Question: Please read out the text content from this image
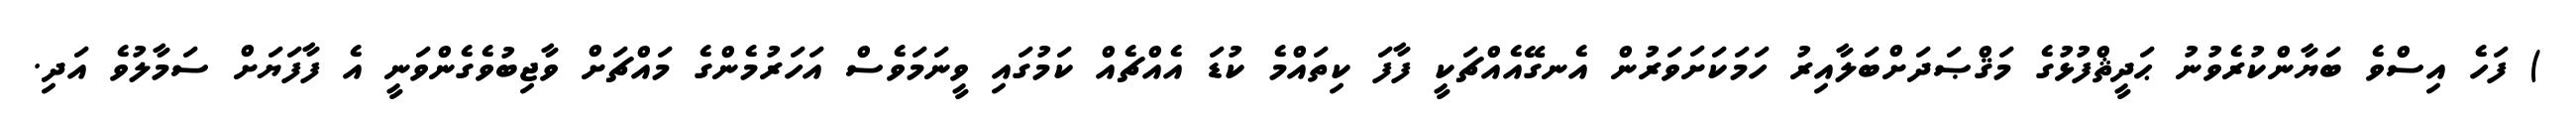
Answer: ) ފަހެ އިސްވެ ބަޔާންކުރެވުނު ޙަދީޘްފުޅުގެ މަޤްޞަދަށްބަލާއިރު ހަމަކަށަވަރުން އެނގޭއެއްޗަކީ ފާފަ ކިތައްމެ ކުޑަ އެއްޗެއް ކަމުގައި ވީނަމަވެސް އަހަރުމެންގެ މައްޗަށް ވާޖިބުވެގެންވަނީ އެ ފާފަޔަށް ސަމާލުވެ އަދި.